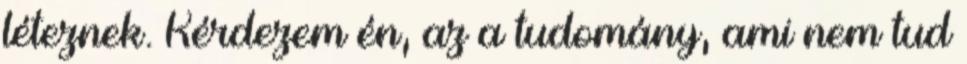
léteznek. Kérdezem én, az a tudomány, ami nem tud